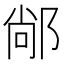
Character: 䣊